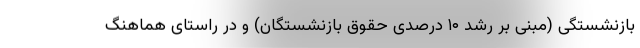
بازنشستگی (مبنی بر رشد ۱۰ درصدی حقوق بازنشستگان) و در راستای هماهنگ